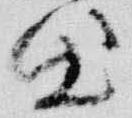
出